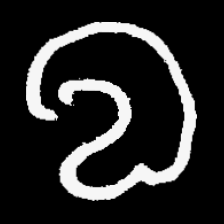
Pyu character \u2014 Myanmar letter: လ (romanized: la)